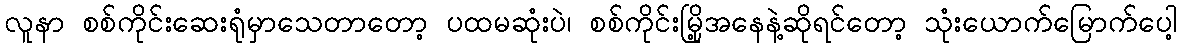
လူနာ စစ်ကိုင်းဆေးရုံမှာသေတာတော့ ပထမဆုံးပဲ၊ စစ်ကိုင်းမြို့အနေနဲ့ဆိုရင်တော့ သုံးယောက်မြောက်ပေါ့